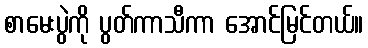
စာမေးပွဲကို ပွတ်ကာသီကာ အောင်မြင်တယ်။